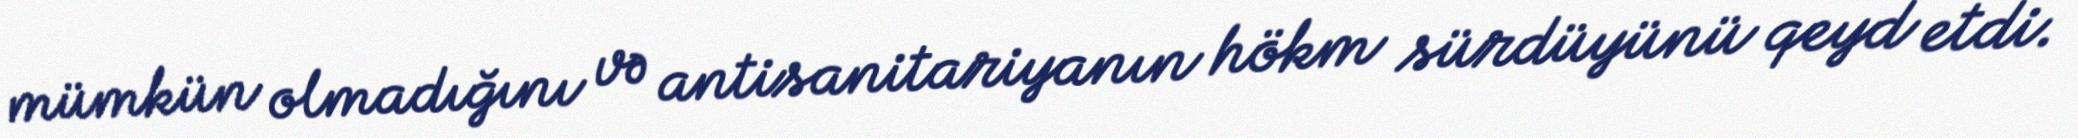
mümkün olmadığını və antisanitariyanın hökm sürdüyünü qeyd etdi.